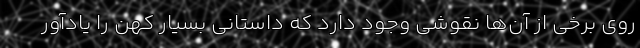
روی برخی از آن‌ها نقوشی وجود دارد که داستانی بسیار کهن را یادآور